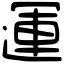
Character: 運